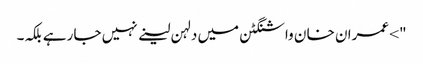
"> عمران خا ن واشنگٹن میں دلہن لینے نہیں جا رہے بلکہ۔